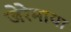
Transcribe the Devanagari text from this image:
जेरेमाया